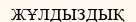
ЖҰЛДЫЗДЫҚ